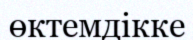
өктемдікке